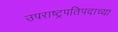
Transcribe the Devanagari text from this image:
उपराष्ट्रपतिपदाच्या